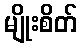
မျိုးစိတ်